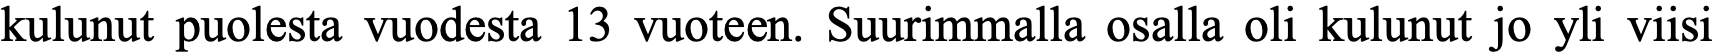
kulunut puolesta vuodesta 13 vuoteen. Suurimmalla osalla oli kulunut jo yli viisi